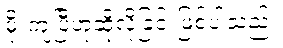
မိုးကျပြီဟုဆိုလိုခြင်းဖြစ်ပါသည်။